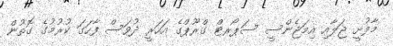
މާފުށީ ޖަލާއި އިމަޖެންސީ ސަޕޯރޓް ގްރޫޕްގެ އަހަރީ ދުވަސް ފާހަގަ ކުރުމުގެ ގޮތުން